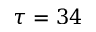
\tau = 3 4